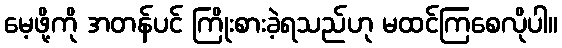
မေ့ဖို့ကို အတန်ပင် ကြိုးစားခဲ့ရသည်ဟု မထင်ကြစေလိုပါ။